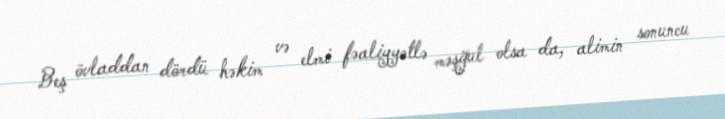
Beş övladdan dördü həkim və elmi fəaliyyətlə məşğul olsa da, alimin sonuncu